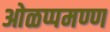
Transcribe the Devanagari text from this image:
ओळप्पमण्ण